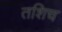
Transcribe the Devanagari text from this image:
तशिच